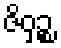
ဇိဝှဉ္စ